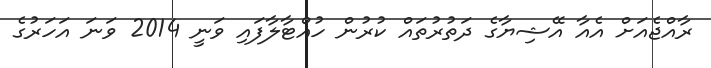
ރާއްޖެއަށް އެއާ އޭޝިޔާގެ ދަތުރުތައް ކުރުން ހުއްޓާލާފައި ވަނީ 2014 ވަނަ އަހަރުގެ